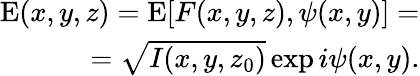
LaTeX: \begin{array}{r}{\mathrm{E}(x,y,z)=\mathrm{E}[F(x,y,z),\psi(x,y)]=}\\ {=\sqrt{I(x,y,z_{0})}\exp{i\psi(x,y)}.}\end{array}